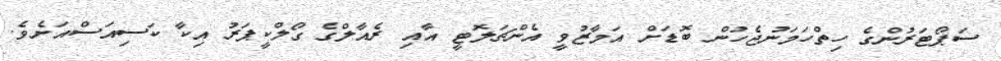
ސަޕޯޓަރުންގެ ހިތްހަމަނުޖެހުން ބޮޑަށް އަމާޒުވީ އެންޗަލޮޓީ އާއި ރެއާލްގެ ގޯލްކީޕަރު އިކާ ކަސިއަސްއަށެވެ.